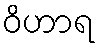
ဝိဟာရ